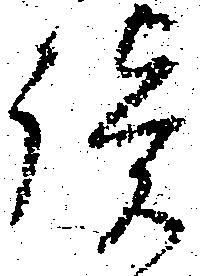
談